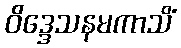
ဝိဒ္ဒေသနမကာသိံ